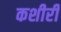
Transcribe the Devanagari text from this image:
कशीरी